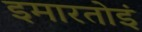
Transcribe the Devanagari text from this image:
इमारतोइं